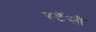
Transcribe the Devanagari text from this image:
स्टैंसी